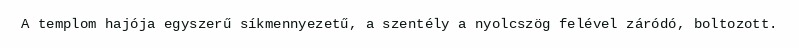
A templom hajója egyszerű síkmennyezetű, a szentély a nyolcszög felével záródó, boltozott.